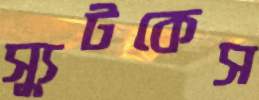
স্যুটকেস